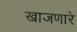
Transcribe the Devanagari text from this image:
खाजणारे